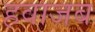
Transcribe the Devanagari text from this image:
हवाजब